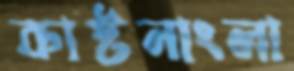
কাষ্টনাংলা